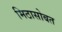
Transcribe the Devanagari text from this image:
मिठासोबत